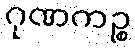
ဂုဏကဉ္စ